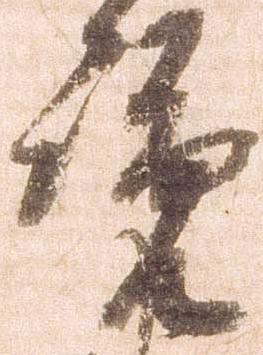
覧